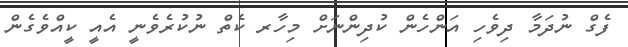
ފެގް ނުދަމާ ދިވެހި އަންހެން ކުދިންނަށް މިހާރ ކެތް ނުކުރެވެނީ އެއީ ކީއްވެގެން